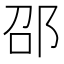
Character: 邵